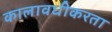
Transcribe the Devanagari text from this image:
कालावधीकरता